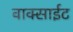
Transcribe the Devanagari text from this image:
वाक्साईट